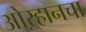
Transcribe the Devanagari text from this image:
ओऱ्हानचा